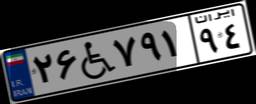
۲۶W۷۹۱۹۴